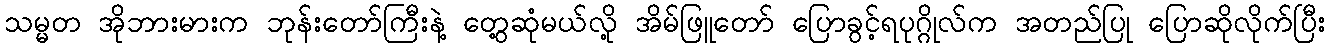
သမ္မတ အိုဘားမားက ဘုန်းတော်ကြီးနဲ့ တွေ့ဆုံမယ်လို့ အိမ်ဖြူတော် ပြောခွင့်ရပုဂ္ဂိုလ်က အတည်ပြု ပြောဆိုလိုက်ပြီး